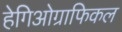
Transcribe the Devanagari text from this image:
हेगिओग्राफिकल